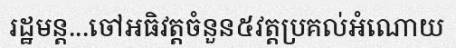
រដ្ឋមន្ត...ចៅអធិវត្តចំនួន៥វត្តប្រគល់អំណោយ